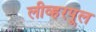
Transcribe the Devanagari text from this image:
लीव्हरपूल